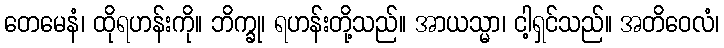
တေမေနံ၊ ထိုရဟန်းကို။ ဘိက္ခု၊ ရဟန်းတို့သည်။ အာယသ္မာ၊ ငါ့ရှင်သည်။ အတိဝေလံ၊